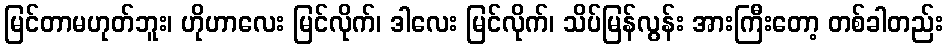
မြင်တာမဟုတ်ဘူး၊ ဟိုဟာလေး မြင်လိုက်၊ ဒါလေး မြင်လိုက်၊ သိပ်မြန်လွန်း အားကြီးတော့ တစ်ခါတည်း